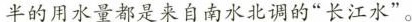
半的用水量都是来自南水北调的“长江水”。